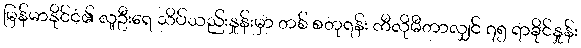
မြန်မာနိုင်ငံ၏ လူဦးရေ သိပ်သည်းနှုန်းမှာ တစ် စတုရန်း ကီလိုမီတာလျှင် ၇၅ ရာခိုင်နှုန်း